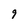
Character: 9